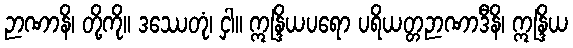
ဉာဏာနိ၊ တို့ကို။ ဒဿေတုံ၊ ငှါ။ ဣန္ဒြိယပရော ပရိယတ္တဉာဏာဒီနိ၊ ဣန္ဒြိယ